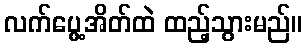
လက်ပွေ့အိတ်ထဲ ထည့်သွားမည်။